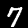
Label: 7